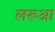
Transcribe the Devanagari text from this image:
लरूआ